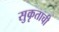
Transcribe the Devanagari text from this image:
सुकृताची